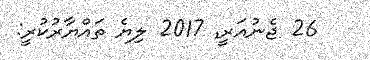
26 ޖެނުއަރީ